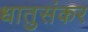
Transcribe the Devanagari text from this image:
धातुसंकर